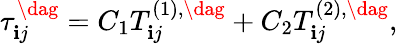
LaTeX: \tau_{\mathbf{i}j}^{\dag}={C_{1}}T_{\mathbf{i}j}^{\left(1\right),\dag}+{C_{2}}T_{\mathbf{i}j}^{\left(2\right),\dag},